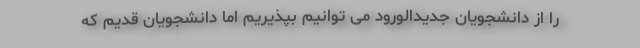
را از دانشجویان جدیدالورود می توانیم بپذیریم اما دانشجویان قدیم که